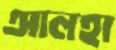
আলহা